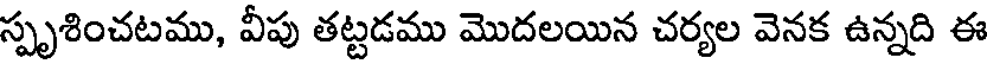
స్పృశించటము, వీపు తట్టడము మొదలయిన చర్యల వెనక ఉన్నది ఈ